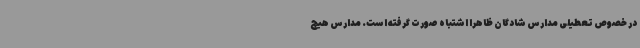
در خصوص تعطیلی مدارس شادگان ظاهرا اشتباه صورت گرفته است. مدارس هیچ